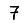
Digit: 7